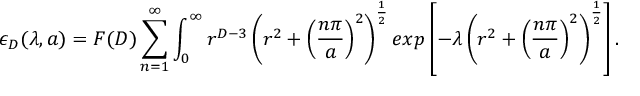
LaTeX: \epsilon _ { D } ( \lambda , a ) = F ( D ) \sum _ { n = 1 } ^ { \infty } \int _ { 0 } ^ { \infty } r ^ { D - 3 } \left( r ^ { 2 } + \left( \frac { n \pi } { a } \right) ^ { 2 } \right) ^ { \frac { 1 } { 2 } } e x p \left[ - \lambda \left( r ^ { 2 } + \left( \frac { n \pi } { a } \right) ^ { 2 } \right) ^ { \frac { 1 } { 2 } } \right] .